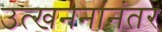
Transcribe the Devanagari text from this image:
उत्खननांनंतर